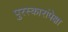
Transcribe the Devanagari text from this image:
पुरस्कारांपेक्षा